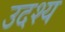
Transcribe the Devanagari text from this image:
उदश्य